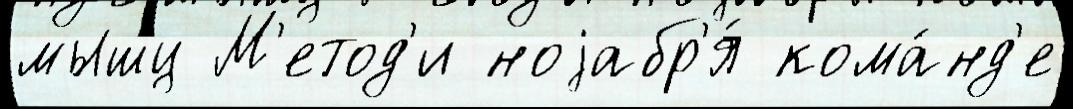
мышц М'етод'и ноjабр'я́ кома́нд'е